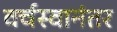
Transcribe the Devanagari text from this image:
वर्चस्वानंतर